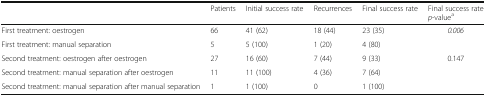
<table><thead><tr><td></td><td><b>Patients</b></td><td><b>Initial success rate</b></td><td><b>Recurrences</b></td><td><b>Final success rate</b></td><td><b>Final success rate<i>p</i>-value<sup>a</sup></b></td></tr></thead><tbody><tr><td>First treatment: oestrogen</td><td>66</td><td>41 (62)</td><td>18 (44)</td><td>23 (35)</td><td rowspan="2"><i>0.006</i></td></tr><tr><td>First treatment: manual separation</td><td>5</td><td>5 (100)</td><td>1 (20)</td><td>4 (80)</td></tr><tr><td>Second treatment: oestrogen after oestrogen</td><td>27</td><td>16 (60)</td><td>7 (44)</td><td>9 (33)</td><td rowspan="2">0.147</td></tr><tr><td>Second treatment: manual separation after oestrogen</td><td>11</td><td>11 (100)</td><td>4 (36)</td><td>7 (64)</td></tr><tr><td>Second treatment: manual separation after manual separation</td><td>1</td><td>1 (100)</td><td>0</td><td>1 (100)</td><td></td></tr></tbody></table>